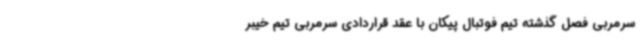
سرمربی فصل گذشته تیم فوتبال پیکان با عقد قراردادی سرمربی تیم خیبر